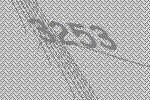
3253